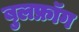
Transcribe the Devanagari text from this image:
बुलफ्रॉग